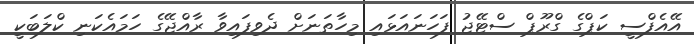
އޭއެފްސީ ކަޕްގެ ގްރޫޕް ސްޓޭޖު ފަހަނައަޅައި މިހާތަނަށް ދެވިފައިވާ ރާއްޖޭގެ ހަމައެކަނި ކްލަބަކީ